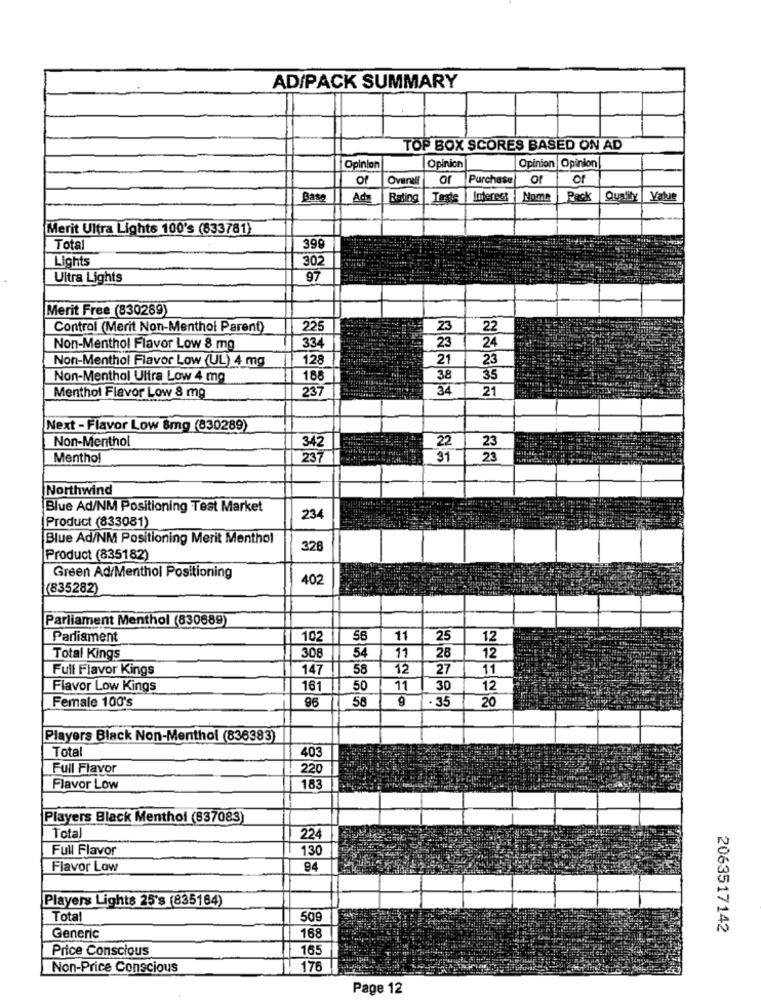
AD/PACK SUMMARY
TOP BOX SCORES BASED ON AD
Opinion
Opinion Opinion
Opinion
of
Overall
or
Purchase
or
of
Base
Ada
Bating
Taste
Interest
Pack
Quality |Value
Merit Ultra Lights 100's (833781)
Total
399
Lights
30
Ultra Lights
97
Merit Free (830289)
Control (Merit Non-Menthol Parent)
225
23
22
334
Non-Menthol Flavor Low 8 mg
23
24
Non-Menthol Flavor Low (UL) 4 mg
128
21
23
Non-Menthol Ultra Low 4 mg
188
38
35
Menthol Flavor Low 8 mg
237
34
21
Next - Flavor Low 8mg (830289)
Non-Menthol
22
23
342
Menthol
237
31
23
Northwind
Blue Ad/NM Positioning Test Market
Product (833081)
234
Blue Ad/NM Positioning Merit Menthol
326
Product (835182)
Green Ad/Menthol Positioning
402
(835282)
Parliament Menthol (830689)
Parliament
102
56
11
25
12
308
Total Kings
54
11
28
12
Full Flavor Kings
147
58
12
27
11
Flavor Low Kings
161
50
11
30
12
96
58
. 35
20
Female 100's
9
Players Black Non-Menthol (836383)
Total
403
Full Flavor
220
Flavor Low
183
Players Black Menthol (837083)
Total
224
Full Flavor
130
Flavor Low
94
Players Lights 25's (835164)
Total
509
2063517142
Generic
168
Price Conscious
165
Non-Price Conscious
176
Page 12